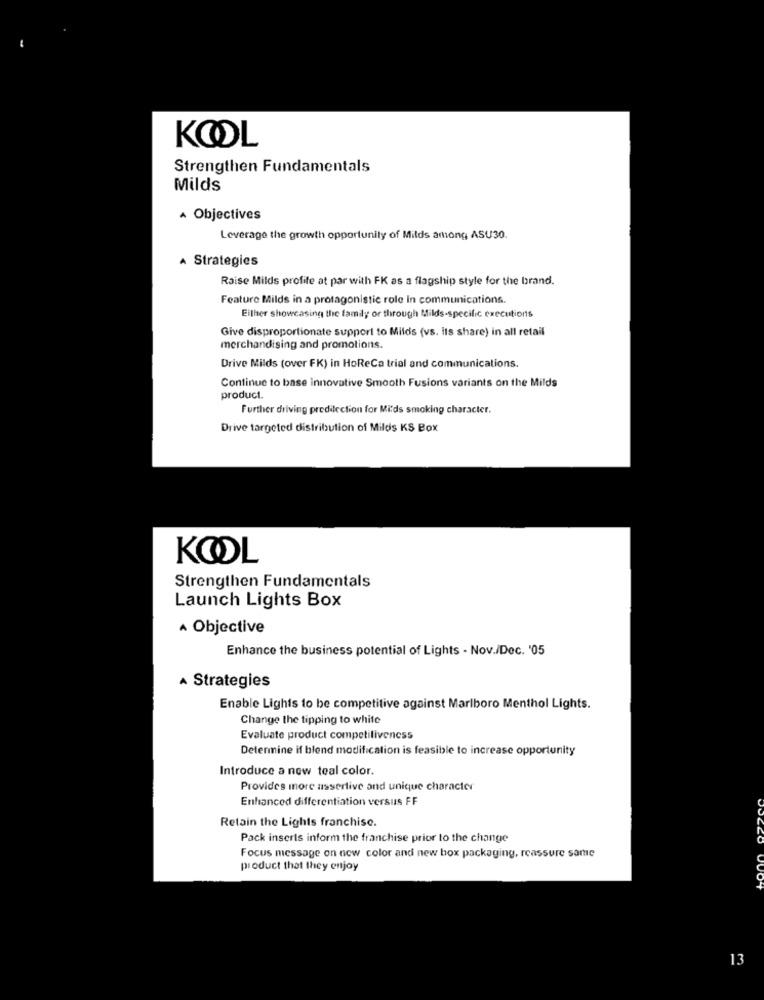
KOOL
Strengthen Fundamentals
Milds
A Objectives
Leverage the growth opportunity of Milds among ASU30.
A Strategies
Raise Milds profite at par with FK as a flagship style for the brand.
Feature Milds in a protagonistic role In communications.
Either showcasing the family or through Milds-specific executions
Give disproportionate support to Milds (vs. its share) in all retail
merchandising and promotions.
Drive Milds (over FK) in HoReCa trial and communications.
Continue to base innovative Smooth Fusions variants on the Milds
product.
Further driving predilection for Mids smoking character.
Drive targeted distribution of Milds KS Box
KOOL
Strengthen Fundamentals
Launch Lights Box
A Objective
Enhance the business potential of Lights - Nov./Dec. '05
A Strategies
Enable Lights to be competitive against Marlboro Menthol Lights.
Change the tipping to white
Evaluate product competitiveness
Determine if blend modification is feasible to increase opportunity
Introduce a new teal color.
Provides more assertive and unique character
Enhanced differentiation versus FF
Retain the Lights franchise.
Pack inserts inform the franchise prior to the change
Focus message on new color and new box packaging, reassure same
product that they enjoy
13